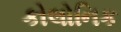
કોલોનિક